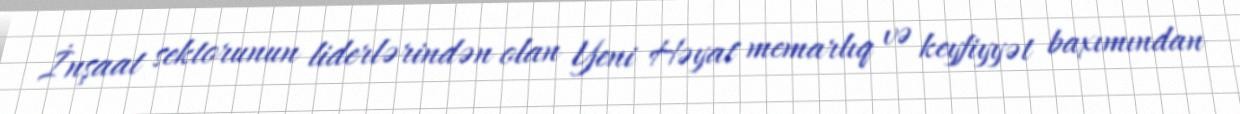
İnşaat sektorunun liderlərindən olan Yeni Həyat memarlıq və keyﬁyyət baxımından